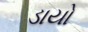
ડાયો